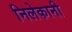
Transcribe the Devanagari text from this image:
निलेकानी